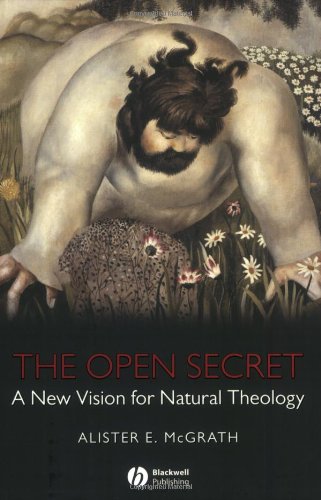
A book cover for The Open Secret: A New Vision for Natural Theology; Alister E. McGrath; Religion & Spirituality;